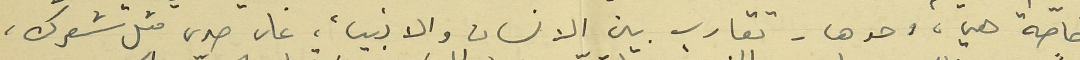
خاصّة هي، وحدها - تقارب بين الانسان والانبياء، على صدى مثل شعرك،